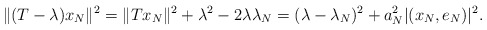
\begin{align*} \|(T-\lambda)x_N\|^2 = \|Tx_N\|^2 + \lambda^2 - 2\lambda\lambda_N = (\lambda-\lambda_N)^2 + a_N^2|(x_N,e_N)|^2. \end{align*}